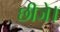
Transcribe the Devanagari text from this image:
छीजे।